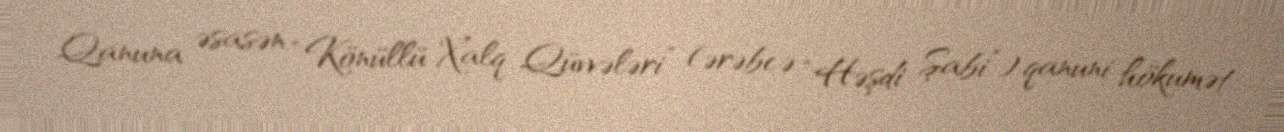
Qanuna əsasən “Könüllü Xalq Qüvvələri” (ərəbcə “Həşdi Şabi”) qanuni hökumət